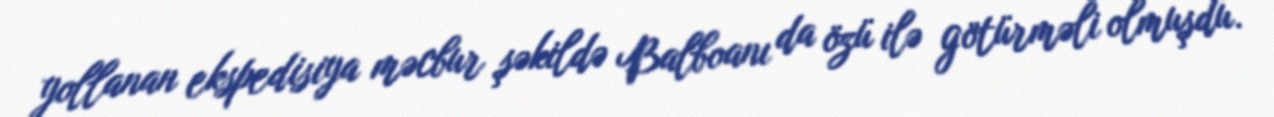
yollanan ekspedisiya məcbur şəkildə Balboanı da özü ilə götürməli olmuşdu.